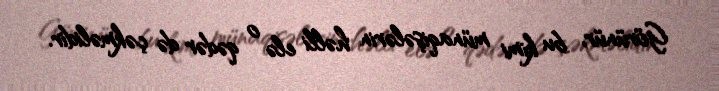
Görünür, bu kimi münaqişələrin həlli elə o qədər də çəkməlidir.